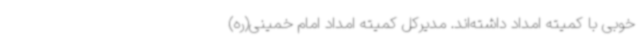
خوبی با کمیته امداد داشته‌اند. مدیرکل کمیته امداد امام خمینی(ره)